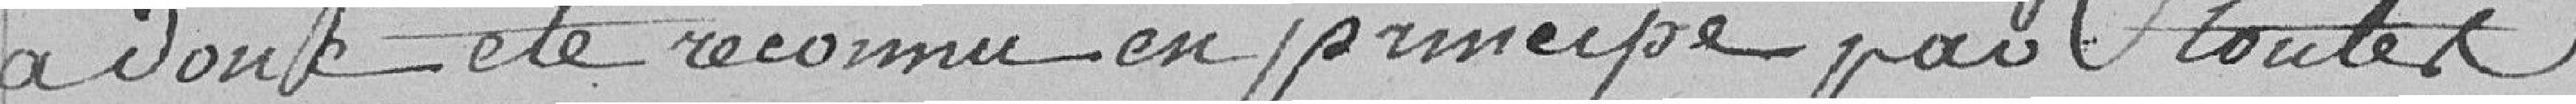
a donc été reconnu en principe par toutes